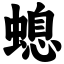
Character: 螅